Vaccination North-Western Provinces and Oudh 1878-1895 - 1878-1895
Year: 1878
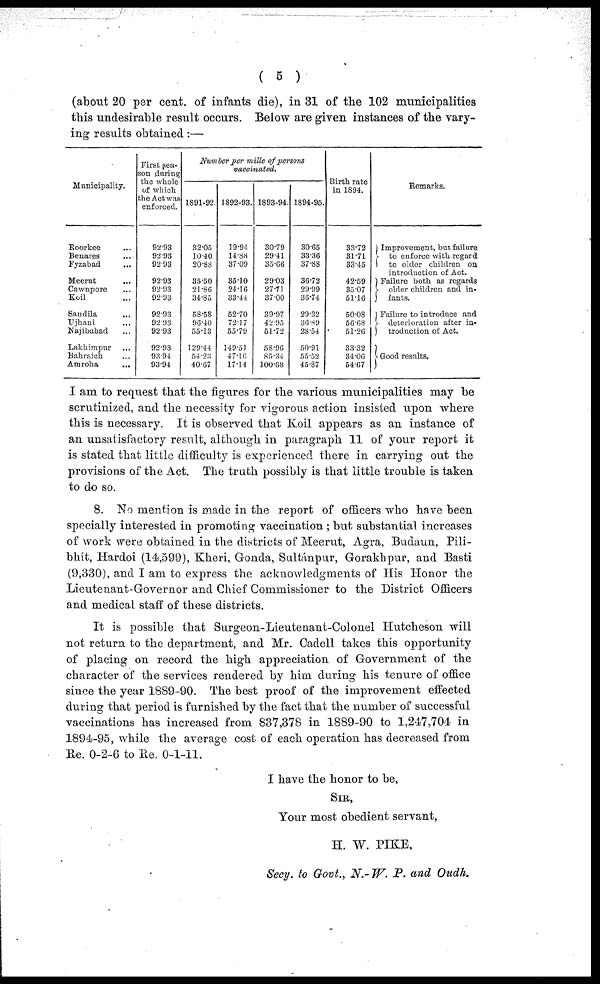
( 5 )
(about 20 per cent. of infants die), in 31 of the 102 municipalities
this undesirable result occurs. Below are given instances of the vary-
ing results obtained :—
Municipality.
Roorkee ...
Benares ...
Fyzabad ...
Meerut ...
Cawnpore ...
Koil ...
Saudila ...
Ujhani ...
Najibabad ...
Lakhimpur ...
Bahraich ...
Amroha
...
First sea-
son during
the whole
of which
the Act was
enforced.
92.93
92.93
92.93
92.93
92.93
92.93
92.93
92.93
92.93
92.93
93.94
93.94
Number per mille of persons
vaccinated.
1891-92.
32.05
10.40
20.88
35.50
21.86
31.85
58.58
96.40
55.13
129.44
54.23
40.67
1892-93.
19.94
14.88
37.09
35.10
24.16
33.44
52.70
72.17
55.79
149.51
47.16
17.14
1893-94.
30.79
29.41
35.66
29.03
27.71
37.00
39.97
42.95
51.72
58.96
85.34
100.68
1894-95.
30.65
33.36
37.88
36.72
29.99
36.74
29.32
36.89
28.54
50.91
55.52
45.87
Birth rate
in 1894.
33.72
31.71
33.45
42.59
35.07
51.10
50.08
56.68
51.26
33.32
34.06
54.67
Remarks.
Improvement, but failure
to enforce with regard
to older children on
introduction of Act.
Failure both as regards
older children and in-
fants.
Failure to introduce and
deterioration after in-
troduction of Act.
Good results.
I am to request that the figures for the various municipalities may be
scrutinized, and the necessity for vigorous action insisted upon where
this is necessary. It is observed that Koil appears as an instance of
an unsatisfactory result, although in paragraph 11 of your report it
is stated that little difficulty is experienced there in carrying out the
provisions of the Act. The truth possibly is that little trouble is taken
to do so.
8. No mention is made in the report of officers who have been
specially interested in promoting vaccination ; but substantial increases
of work were obtained in the districts of Meerut, Agra, Budaun, Pili-
bhít, Hardoi (14,599), Kheri, Gonda, Sultánpur, Gorakhpur, and Basti
(9,330), and I am to express the acknowledgments of His Honor the
Lieutenant-Governor and Chief Commissioner to the District Officers
and medical staff of these districts.
It is possible that Surgeon-Lieutenant-Colonel Hutcheson will
not return to the department, and Mr. Cadell takes this opportunity
of placing on record the high appreciation of Government of the
character of the services rendered by him during his tenure of office
since the year 1889-90. The best proof of the improvement effected
during that period is furnished by the fact that the number of successful
vaccinations has increased from 837,378 in 1889-90 to 1,247,704 in
1894-95, while the average cost of each operation has decreased from
Re. 0-2-6 to Re. 0-1-11.
I have the honor to be,
SIR,
Your most obedient servant,
H. W. PIKE,
Secy. to Govt., N.- W. P. and Oudh.